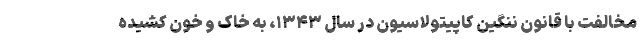
مخالفت با قانون ننگین کاپیتولاسیون در سال ۱۳۴۳، به خاک و خون کشیده